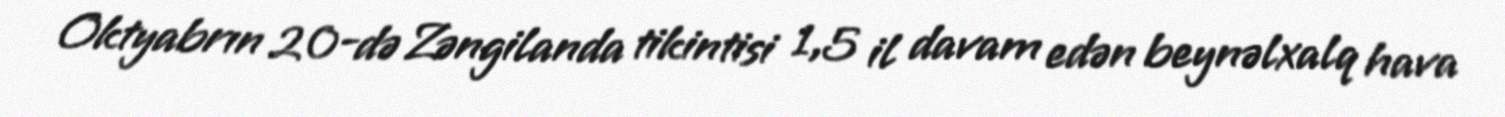
Oktyabrın 20-də Zəngilanda tikintisi 1,5 il davam edən beynəlxalq hava